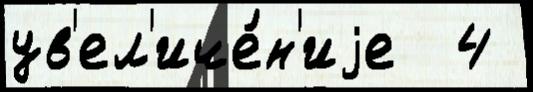
ув'ел'иче́н'иjе  4